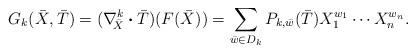
LaTeX: \begin{align*}G_k(\bar{X},\bar{T})=(\nabla_{\!\!\bar{X}}^{k}\boldsymbol{\cdot}\bar{T})(F(\bar{X}))=\sum_{\bar{w}\in D_k} P_{k,\bar{w}}(\bar{T})X_1^{w_1}\cdots X_n^{w_n}.\end{align*}